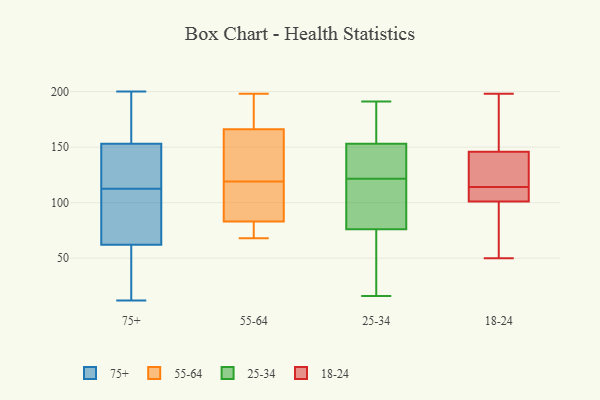
{"axis": {"x": "Market Share (%)", "y": "Value"}, "legend": ["18-24", "25-34", "55-64", "75+"], "data": [{"x": "", "y": 56, "type": "75+"}, {"x": "", "y": 118, "type": "75+"}, {"x": "", "y": 113, "type": "75+"}, {"x": "", "y": 94, "type": "75+"}, {"x": "", "y": 78, "type": "75+"}, {"x": "", "y": 63, "type": "75+"}, {"x": "", "y": 164, "type": "75+"}, {"x": "", "y": 12, "type": "75+"}, {"x": "", "y": 147, "type": "75+"}, {"x": "", "y": 25, "type": "75+"}, {"x": "", "y": 143, "type": "75+"}, {"x": "", "y": 112, "type": "75+"}, {"x": "", "y": 153, "type": "75+"}, {"x": "", "y": 62, "type": "75+"}, {"x": "", "y": 165, "type": "75+"}, {"x": "", "y": 157, "type": "75+"}, {"x": "", "y": 19, "type": "75+"}, {"x": "", "y": 200, "type": "75+"}, {"x": "", "y": 115, "type": "55-64"}, {"x": "", "y": 149, "type": "55-64"}, {"x": "", "y": 192, "type": "55-64"}, {"x": "", "y": 86, "type": "55-64"}, {"x": "", "y": 83, "type": "55-64"}, {"x": "", "y": 73, "type": "55-64"}, {"x": "", "y": 135, "type": "55-64"}, {"x": "", "y": 150, "type": "55-64"}, {"x": "", "y": 123, "type": "55-64"}, {"x": "", "y": 83, "type": "55-64"}, {"x": "", "y": 182, "type": "55-64"}, {"x": "", "y": 90, "type": "55-64"}, {"x": "", "y": 198, "type": "55-64"}, {"x": "", "y": 68, "type": "55-64"}, {"x": "", "y": 71, "type": "55-64"}, {"x": "", "y": 195, "type": "55-64"}, {"x": "", "y": 153, "type": "25-34"}, {"x": "", "y": 76, "type": "25-34"}, {"x": "", "y": 27, "type": "25-34"}, {"x": "", "y": 102, "type": "25-34"}, {"x": "", "y": 191, "type": "25-34"}, {"x": "", "y": 119, "type": "25-34"}, {"x": "", "y": 16, "type": "25-34"}, {"x": "", "y": 80, "type": "25-34"}, {"x": "", "y": 130, "type": "25-34"}, {"x": "", "y": 185, "type": "25-34"}, {"x": "", "y": 115, "type": "25-34"}, {"x": "", "y": 176, "type": "25-34"}, {"x": "", "y": 187, "type": "25-34"}, {"x": "", "y": 134, "type": "25-34"}, {"x": "", "y": 27, "type": "25-34"}, {"x": "", "y": 124, "type": "25-34"}, {"x": "", "y": 127, "type": "25-34"}, {"x": "", "y": 55, "type": "25-34"}, {"x": "", "y": 50, "type": "18-24"}, {"x": "", "y": 198, "type": "18-24"}, {"x": "", "y": 106, "type": "18-24"}, {"x": "", "y": 169, "type": "18-24"}, {"x": "", "y": 112, "type": "18-24"}, {"x": "", "y": 86, "type": "18-24"}, {"x": "", "y": 111, "type": "18-24"}, {"x": "", "y": 71, "type": "18-24"}, {"x": "", "y": 114, "type": "18-24"}, {"x": "", "y": 138, "type": "18-24"}, {"x": "", "y": 117, "type": "18-24"}, {"x": "", "y": 183, "type": "18-24"}, {"x": "", "y": 137, "type": "18-24"}]}